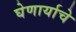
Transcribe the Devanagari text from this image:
घेणार्याचे